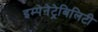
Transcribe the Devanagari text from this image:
इम्पेनेट्रेबिलिटी